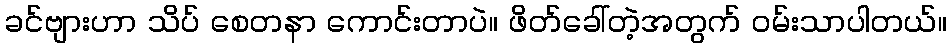
ခင်ဗျားဟာ သိပ် စေတနာ ကောင်းတာပဲ။ ဖိတ်ခေါ်တဲ့အတွက် ဝမ်းသာပါတယ်။